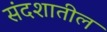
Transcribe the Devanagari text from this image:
संदशातील